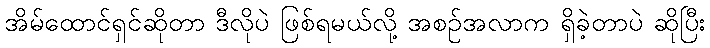
အိမ်ထောင်ရှင်ဆိုတာ ဒီလိုပဲ ဖြစ်ရမယ်လို့ အစဉ်အလာက ရှိခဲ့တာပဲ ဆိုပြီး